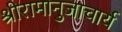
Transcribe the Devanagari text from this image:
श्रीरामानुजाचार्य